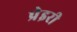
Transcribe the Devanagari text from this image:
प्रेइरी